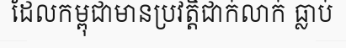
ដែលកម្ពុជាមានប្រវត្តិជាក់លាក់ ធ្លាប់